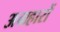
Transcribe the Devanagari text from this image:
अग्रहारों